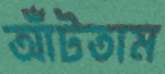
আঁটতাম